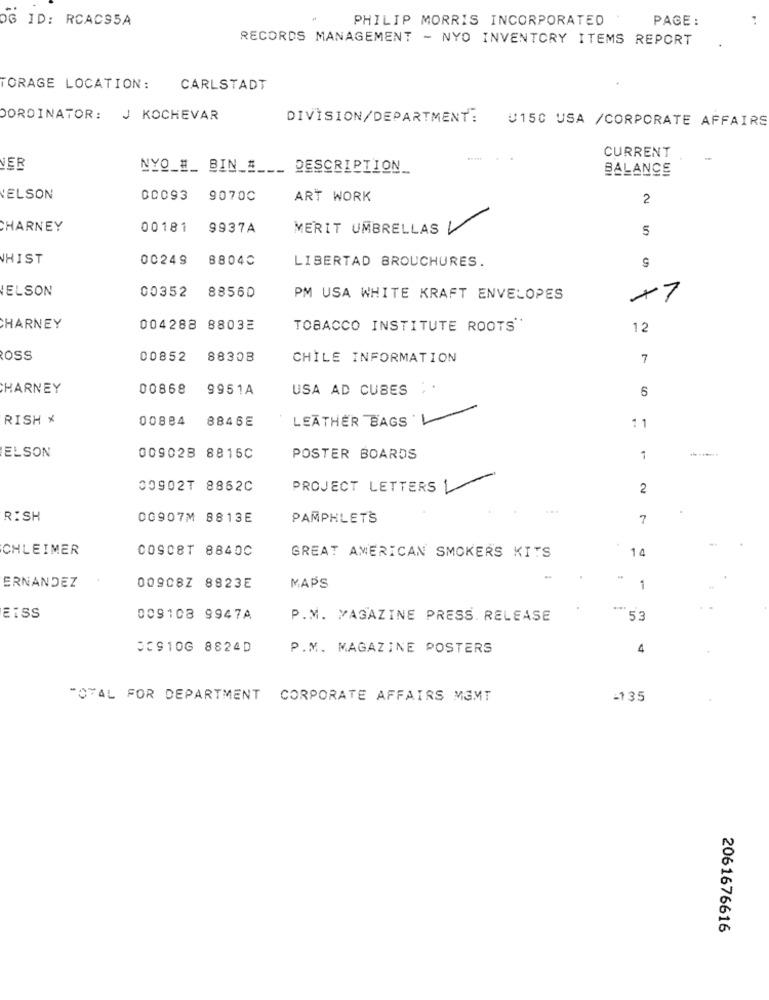
OG ID: RCACS5A
PHILIP MORRIS INCORPORATED
PAGE:
RECORDS MANAGEMENT - NYO INVENTORY ITEMS REPORT
TORAGE LOCATION:
CARLSTADT
DORDINATOR: J KOCHEVAR
DIVISION/DEPARTMENT:
U150 USA /CORPORATE AFFAIRS
CURRENT
VER
NYQ_#_ BIN_# ___ DESCRIPTION
BALANCE
'ELSON
00093 9070C
ART WORK
2
CHARNEY
00181 9937A
MERIT UMBRELLAS V
5
HIST
00249
8804℃
LIBERTAD BROUCHURES.
'ELSON
00352 88560
PM USA WHITE KRAFT ENVELOPES
+7
HARNEY
004288 88032
TOBACCO INSTITUTE ROOTS'
12
Ross
00852 88308
CHILE INFORMATION
7
HARNEY
00868 9951A
USA AD CUBES
6
RISH *
00884 8846E
LEATHER BAGS
11
ELSON
009028 8816C
POSTER BOARDS
7
00902T 8862C
PROJECT LETTERS
2
RISH
00907M 8813E
PAMPHLETS
7
CHLEIMER
COSCBT 8840C
14
GREAT AMERICAN SMOKERS KITS
ERNANDEZ
00908Z 8823E
MAPS
1
...
EISS
009108 9947A
P.M. MAGAZINE PRESS. RELEASE
53
00910G 8824D
P.M. MAGAZINE POSTERS
4
TOTAL FOR DEPARTMENT CORPORATE AFFAIRS MGMT
-135
2061676616